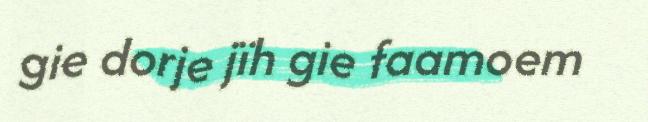
gie dorje jïh gie faamoem